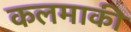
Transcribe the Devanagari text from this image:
कलमाकी